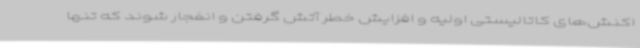
اکنش‌های کاتالیستی اولیه و افزایش خطر آتش گرفتن و انفجار شوند که تنها